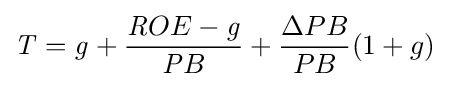
{\mathit {T}}={\mathit {g}}+{\frac {{\mathit {R}}OE-{\mathit {g}}}{{\mathit {P}}B}}+{\frac {\Delta PB}{PB}}{\mathit {(}}1+g)